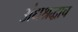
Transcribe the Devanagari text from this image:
अंधश्रद्धाच